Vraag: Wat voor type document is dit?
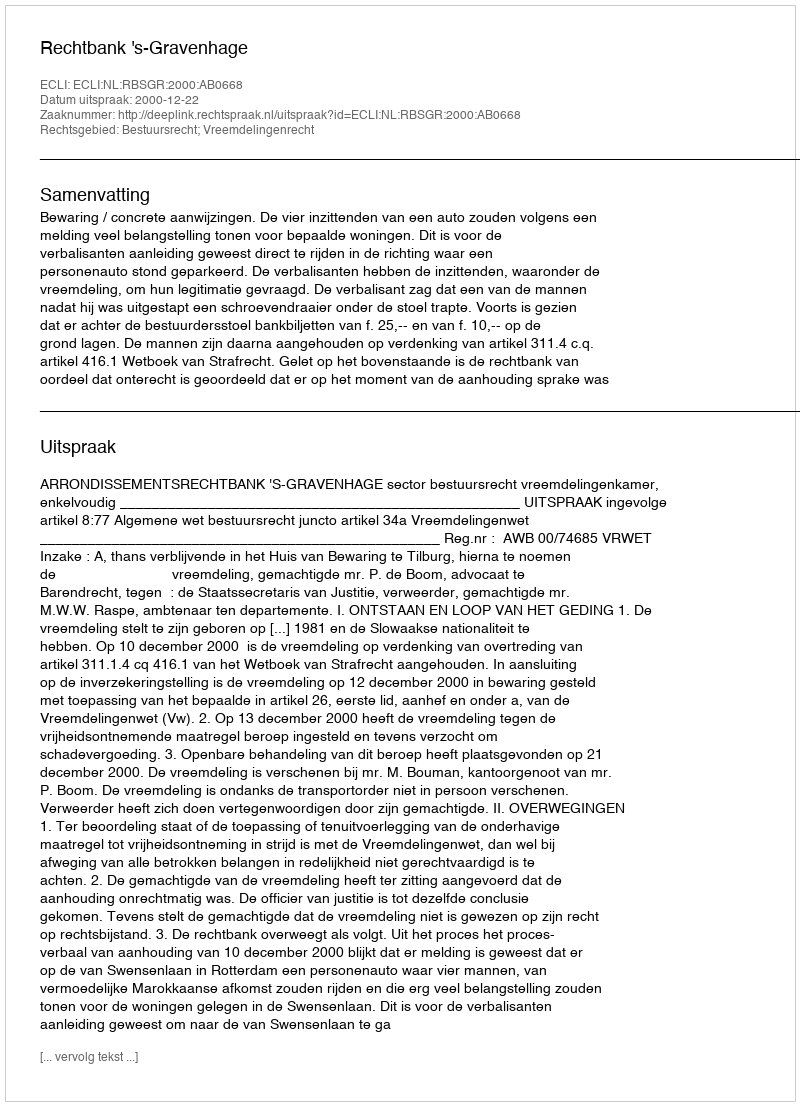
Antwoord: Uitspraak